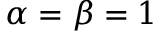
\alpha = \beta = 1